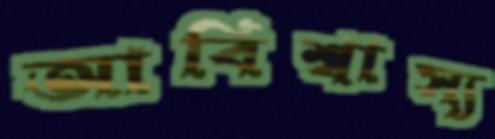
আবিশ্বাস্য